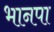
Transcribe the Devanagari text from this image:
भानपा